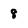
Character: 8